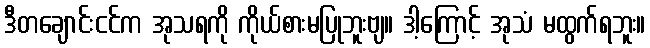
ဒီတချောင်းငင်က အုသရကို ကိုယ်စားမပြုဘူးဗျ။ ဒါ့ကြောင့် အုသံ မထွက်ရဘူး။